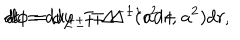
d t = d u _ { \pm } \mp \Delta ^ { - 1 } ( r ^ { 2 } + a ^ { 2 } ) d r , \hspace { 1 c m } d \phi = d \varphi _ { \pm } \mp \Delta ^ { - 1 } a d r ,